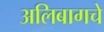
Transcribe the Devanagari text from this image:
अलिबागचे